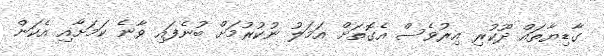
ގާޑިޔާތައް ދޫކުރި އިރުވެސް އެގޮތަށް އަމަލު ނުކުރުމަށް ބުނެފައި ވާނެ ކަމަށާއި އެކަން